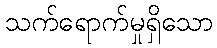
သက်ရောက်မှုရှိသော